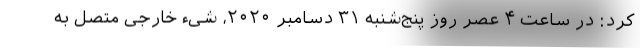
کرد: در ساعت ۴ عصر روز پنج‌شنبه ۳۱ دسامبر ۲۰۲۰، شیء خارجی متصل به